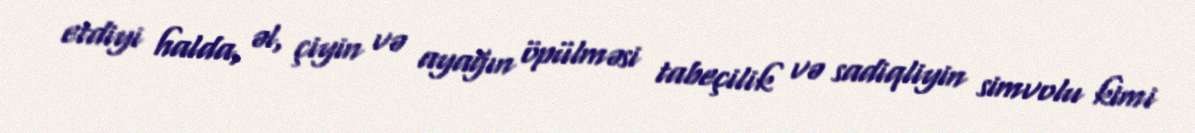
etdiyi halda, əl, çiyin və ayağın öpülməsi tabeçilik və sadiqliyin simvolu kimi